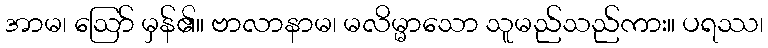
အာမ၊ ဩော် မှန်၏။ ဗာလာနာမ၊ မလိမ္မာသော သူမည်သည်ကား။ ပရဿ၊